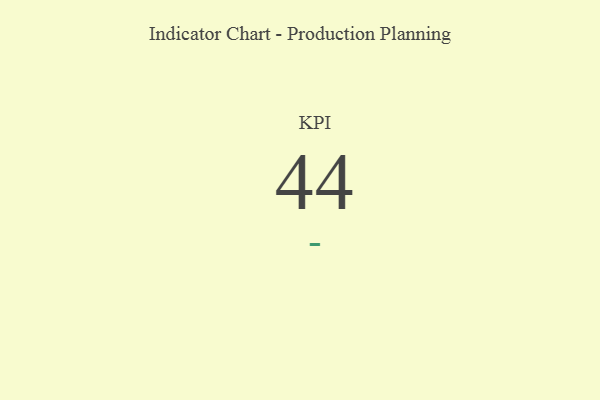
{"axis": {"x": "KPI", "y": "Value"}, "legend": [""], "data": [{"x": "KPI", "y": 44, "type": ""}]}